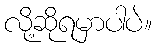
လို့ဆိုရမှာပါပဲ။